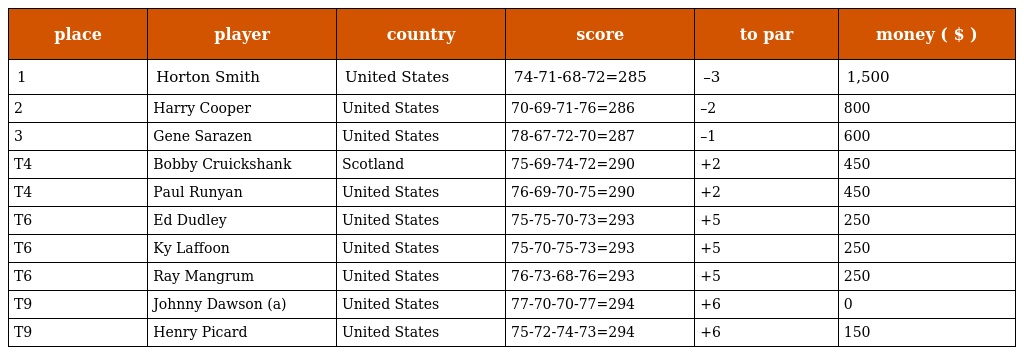
| place | player | country | score | to par | money ( $ ) |
 | --- | --- | --- | --- | --- | --- |
 | 1 | Horton Smith | United States | 74-71-68-72=285 | –3 | 1,500 |
 | 2 | Harry Cooper | United States | 70-69-71-76=286 | –2 | 800 |
 | 3 | Gene Sarazen | United States | 78-67-72-70=287 | –1 | 600 |
 | T4 | Bobby Cruickshank | Scotland | 75-69-74-72=290 | +2 | 450 |
 | T4 | Paul Runyan | United States | 76-69-70-75=290 | +2 | 450 |
 | T6 | Ed Dudley | United States | 75-75-70-73=293 | +5 | 250 |
 | T6 | Ky Laffoon | United States | 75-70-75-73=293 | +5 | 250 |
 | T6 | Ray Mangrum | United States | 76-73-68-76=293 | +5 | 250 |
 | T9 | Johnny Dawson (a) | United States | 77-70-70-77=294 | +6 | 0 |
 | T9 | Henry Picard | United States | 75-72-74-73=294 | +6 | 150 |